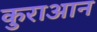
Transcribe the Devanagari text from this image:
कुराआन